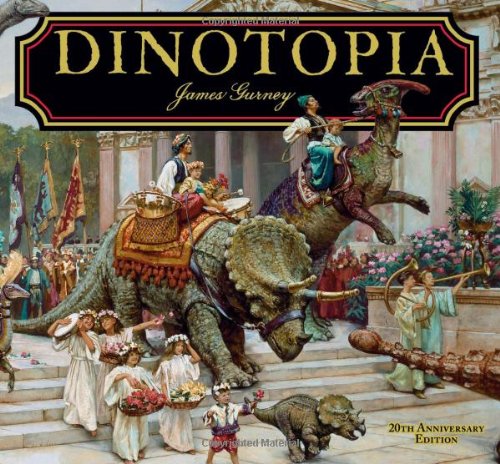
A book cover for Dinotopia, A Land Apart from Time: 20th Anniversary Edition (Calla Editions); James Gurney; Science Fiction & Fantasy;